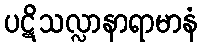
ပဋိသလ္လာနာရာမာနံ